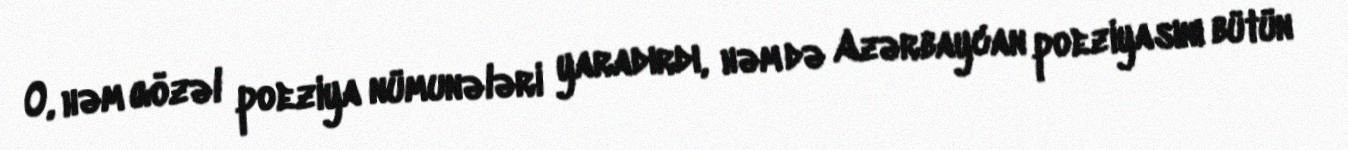
O, həm gözəl poeziya nümunələri yaradırdı, həm də Azərbaycan poeziyasını bütün